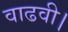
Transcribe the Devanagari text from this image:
वाढवी।